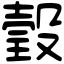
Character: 瑴